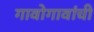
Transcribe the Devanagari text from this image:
गावोगावांची